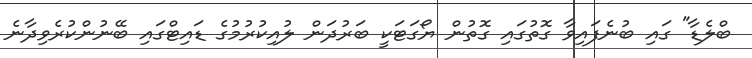
ބްލެޑާ" ގައި ބުނެފައިވާ ގޮތުގައި ގޮތުން ޔޯގަޓަކީ ބަރުދަން ލުއިކުރުމުގެ ޑައިޓްގައި ބޭނުންކުރެވިދާނެ